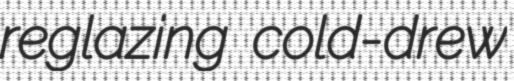
reglazing cold-drew